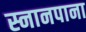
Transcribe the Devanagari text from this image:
स्नानपाना